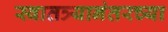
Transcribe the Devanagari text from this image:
स्वातत्र्यानंतरच्या